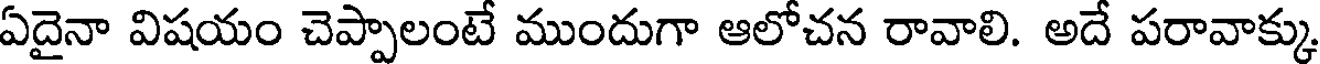
ఏదైనా విషయం చెప్పాలంటే ముందుగా ఆలోచన రావాలి. అదే పరావాక్కు